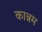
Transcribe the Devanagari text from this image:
कान्नम